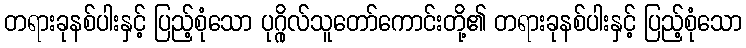
တရားခုနစ်ပါးနှင့် ပြည့်စုံသော ပုဂ္ဂိုလ်သူတော်ကောင်းတို့၏ တရားခုနစ်ပါးနှင့် ပြည့်စုံသော